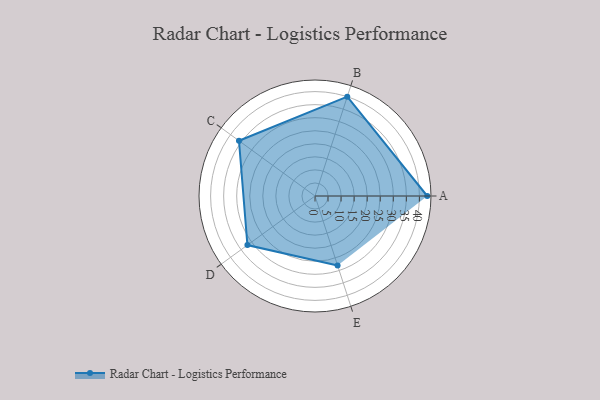
{"axis": {"x": "Skill", "y": "Score"}, "legend": ["Profile"], "data": [{"x": "A", "y": 43.0, "type": "Profile"}, {"x": "B", "y": 40.0, "type": "Profile"}, {"x": "C", "y": 36.0, "type": "Profile"}, {"x": "D", "y": 32.0, "type": "Profile"}, {"x": "E", "y": 28.0, "type": "Profile"}]}